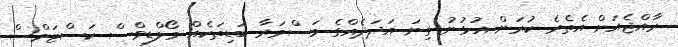
ރާއްޖެއަށް އެތެރެ ކުރަން އުޅުނު ގިނަ އަދަދެއްގެ މަސްމަރާ ބަޑިތަކެއް މޯލްޑިވްސް ކަސްޓަމްސް